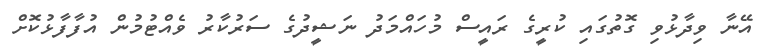
އޭނާ ވިދާޅުވި ގޮތުގައި ކުރީގެ ރައީސް މުހައްމަދު ނަޝީދުގެ ސަރުކާރު ވެއްޓުމުން އުފާފާޅުކޮށް